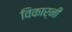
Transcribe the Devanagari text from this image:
विकार्नी